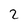
Character: 2